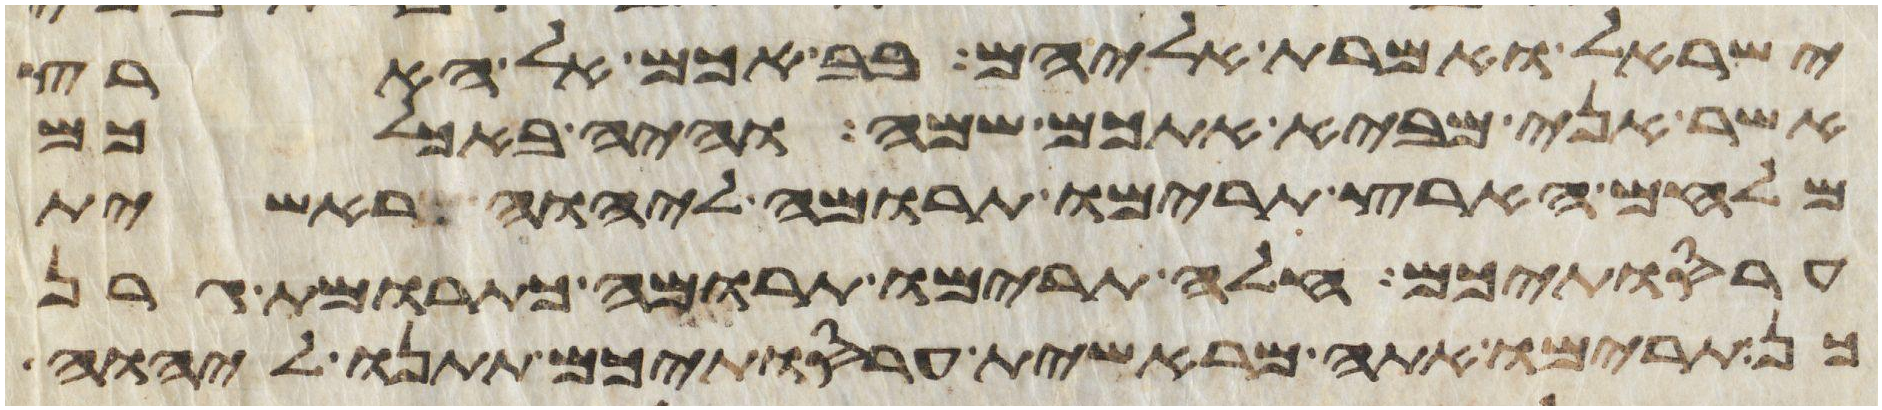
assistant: ישראל ואמרת אליהם בבאכם אל הארץ
אשר אני מביא אתכם שמה והיה באכלכם
מלחם הארץ תרימו תרומה ליהוה ראשית
עריסתיכם חלה תרימו תרומה כתרומת גרן
כן תרימו אתה מראשית עריסתיכם תתנו ליהוה